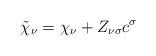
LaTeX: \begin{align*}\tilde {\chi}_\nu = \chi_\nu + Z_{\nu \sigma} c^\sigma\end{align*}